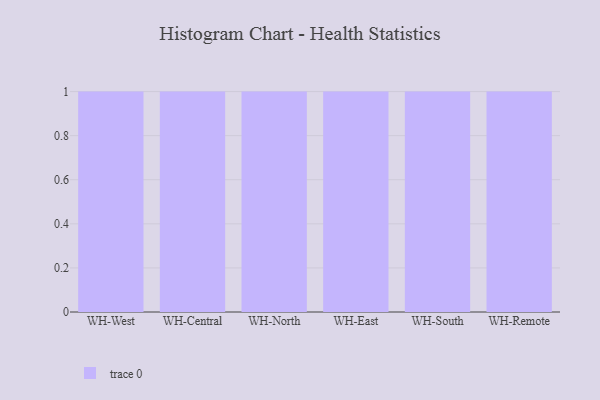
{"axis": {"x": "Warehouse", "y": "LTV (USD)"}, "legend": [""], "data": [{"x": "WH-West", "y": 58, "type": ""}, {"x": "WH-Central", "y": 84, "type": ""}, {"x": "WH-North", "y": 52, "type": ""}, {"x": "WH-East", "y": 29, "type": ""}, {"x": "WH-South", "y": 10, "type": ""}, {"x": "WH-Remote", "y": 31, "type": ""}]}